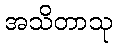
အသိတာသု